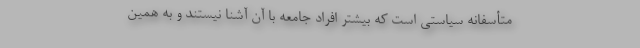
متأسفانه سیاستی است که بیشتر افراد جامعه با آن آشنا نیستند و به همین